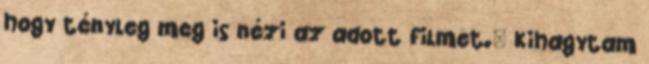
hogy tényleg meg is nézi az adott filmet." Kihagytam